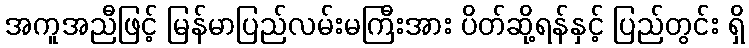
အကူအညီဖြင့် မြန်မာပြည်လမ်းမကြီးအား ပိတ်ဆို့ရန်နှင့် ပြည်တွင်း ရှိ